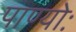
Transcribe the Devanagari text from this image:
पाण्योः